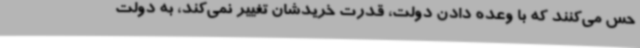
حس می‌کنند که با وعده دادن دولت، قدرت خریدشان تغییر نمی‌کند، به دولت